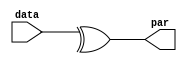
`timescale 1ns / 1ps
//////////////////////////////////////////////////////////////////////////////////
// Company: 
// Engineer: 
// 
// Design Name: 
// Module Name:    parity_dataflow 
// Project Name: 
// Target Devices: 
// Tool versions: 
// Description: 
//
// Dependencies: 
//
// Revision: 
// Revision 0.01 - File Created
// Additional Comments: 
//
//////////////////////////////////////////////////////////////////////////////////
module parity_dataflow(par,data);
	parameter size = 8 ;
	input [size-1:0]data;
	output par;
	
	assign par = ^data;


endmodule